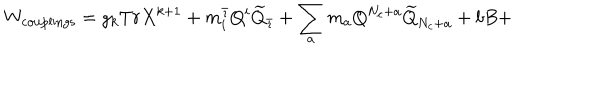
W _ { \mathrm { c o u p l i n g s } } = g _ { k } T r X ^ { k + 1 } + m _ { i } ^ { \bar { \imath } } Q ^ { i } \widetilde { Q } _ { \bar { \imath } } + \sum _ { a } m _ { a } Q ^ { N _ { c } + a } \widetilde { Q } _ { N _ { c } + a } + b B +